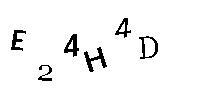
E24H4D